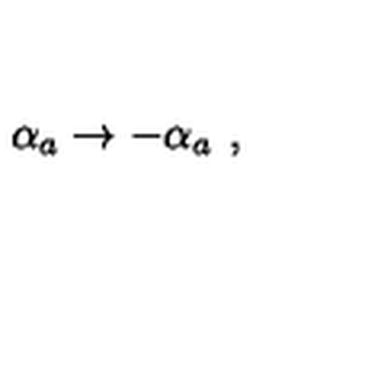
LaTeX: \alpha _ { a } \to - \alpha _ { a } \ ,